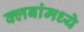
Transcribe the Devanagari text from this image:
क्लबांमध्ये